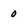
Character: 0